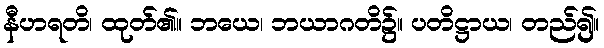
နီဟရတိ၊ ထုတ်၏။ ဘယေ၊ ဘယာဂတိ၌။ ပတိဋ္ဌာယ၊ တည်၍။